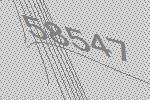
58547